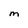
Character: M